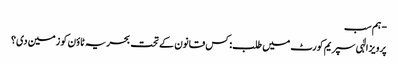
- ہم سب
پرویز الٰہی سپریم کورٹ میں طلب: کس قانون کے تحت بحریہ ٹاؤن کو زمین دی؟